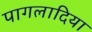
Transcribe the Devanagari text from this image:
पागलादिया